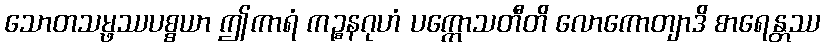
သောတသမ္ဖဿပစ္စယာ ဤကာရံ ကဉ္စနဂုဟံ ပက္ကောသတီတိ လောကောတျာဒိ စာရေန္တဿ